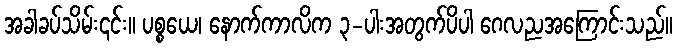
အခါခပ်သိမ်း၎င်း။ ပစ္စယေ၊ နောက်ကာလိက ၃-ပါးအတွက်ပိပါ ဂေလညအကြောင်းသည်။